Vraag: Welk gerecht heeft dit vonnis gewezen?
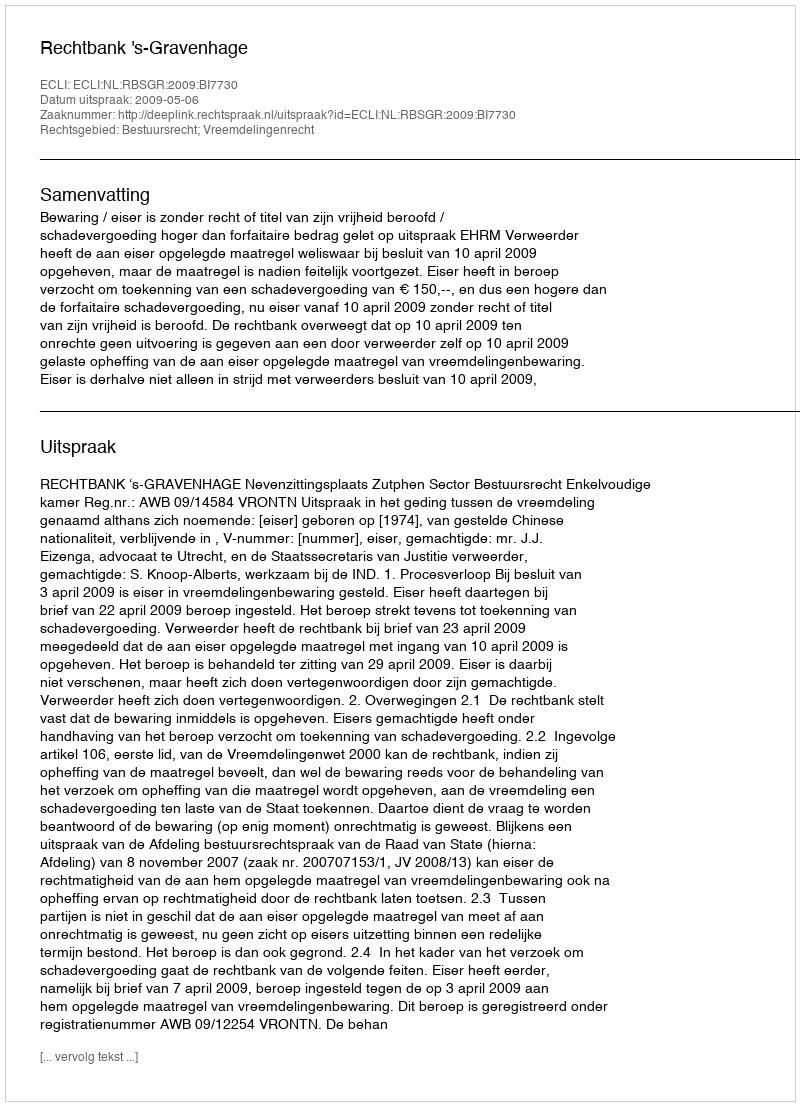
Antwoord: Rechtbank 's-Gravenhage